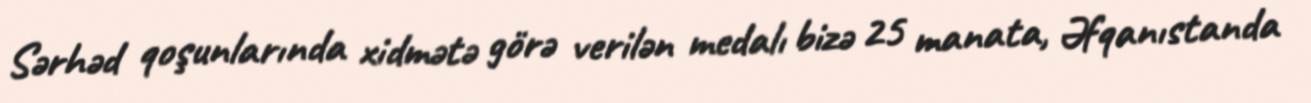
Sərhəd qoşunlarında xidmətə görə verilən medalı bizə 25 manata, Əfqanıstanda